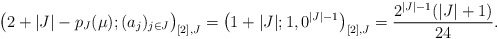
\begin{align*}\big(2+|J|-p_J(\mu);(a_j)_{j\in J}\big)_{[2],J}= \big(1+|J|;1,0^{|J|-1}\big)_{[2],J}=\frac{2^{|J|-1}(|J|+1)}{24}.\end{align*}